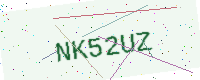
Text: NK52UZ